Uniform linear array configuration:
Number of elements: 48
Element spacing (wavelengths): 0.5
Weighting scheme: kaiser
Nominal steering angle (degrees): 30
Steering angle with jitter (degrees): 31.43
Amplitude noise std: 0.05
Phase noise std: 0.05

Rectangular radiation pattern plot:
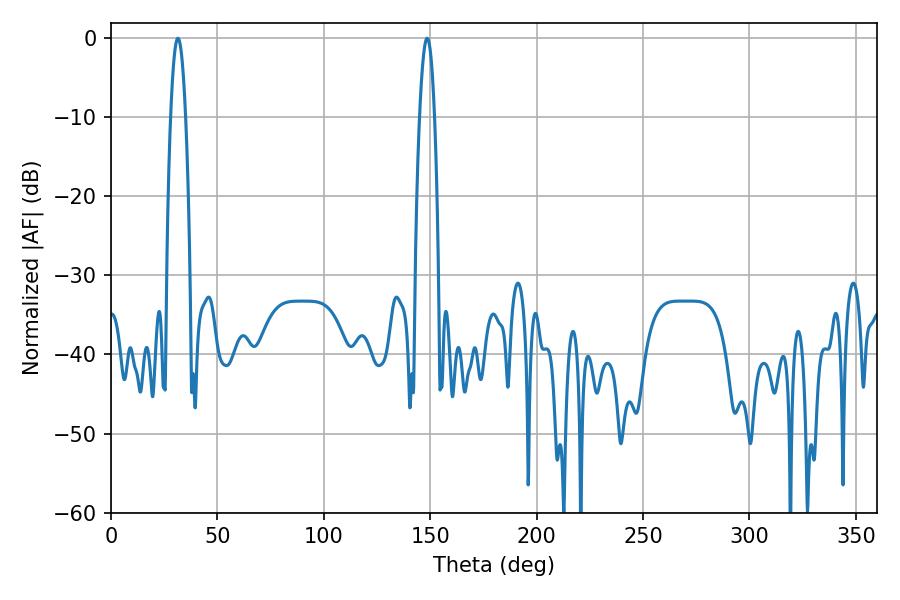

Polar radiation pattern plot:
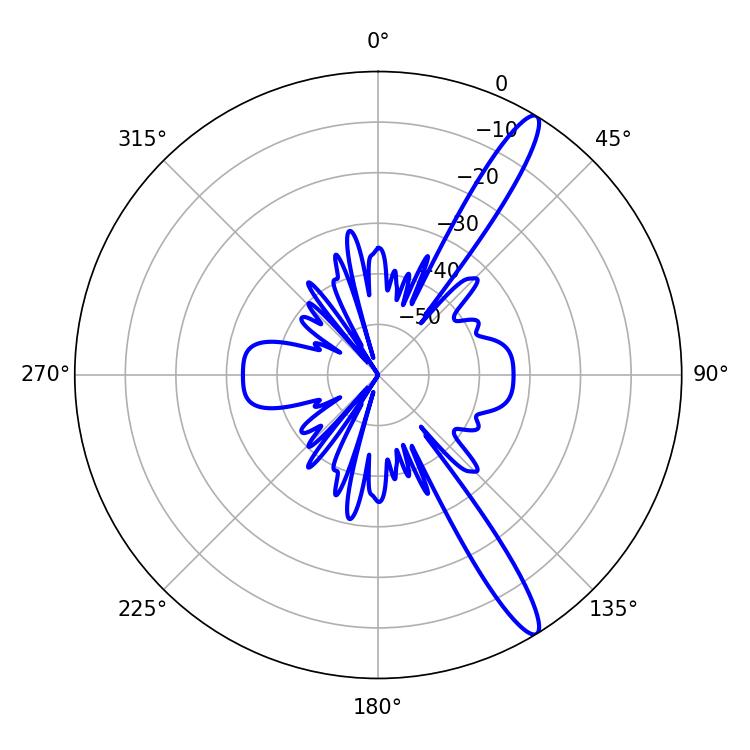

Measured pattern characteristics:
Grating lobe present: FALSE
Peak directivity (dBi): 14.161
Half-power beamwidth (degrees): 3.78
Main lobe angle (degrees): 31.5